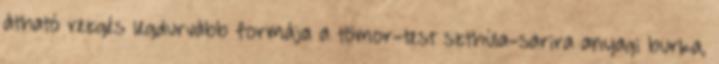
átható rezgés legdurvább formája a tömor-test szthúla-sarira anyagi burka,